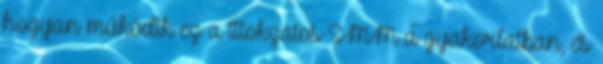
hogyan működik ez a titokzatos SMM a gyakorlatban, és